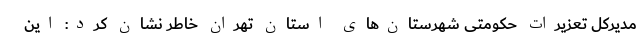
مدیرکل تعزیرات حکومتی شهرستان‌های استان تهران خاطر نشان کرد: این